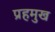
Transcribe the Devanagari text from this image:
प्रहमुख